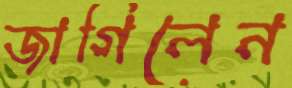
জাগিলেন